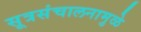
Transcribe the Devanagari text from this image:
सूत्रसंचालनामुळे